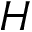
H